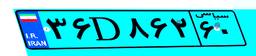
۳۶D۸۶۲۶۰